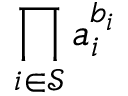
\prod _ { i \in \mathcal { S } } a _ { i } ^ { b _ { i } }